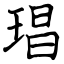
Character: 琩